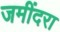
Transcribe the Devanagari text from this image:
जमींदरा